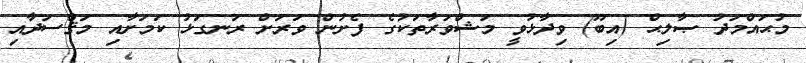
މުޙައްމަދު ޞާލިޙް (އިބޫ) ވިދާޅުވީ މަޝްވަރާތަކުގެ ފެށުން ވަރަށް ރަނގަޅު ކަމަށާއި މަޤްސަދާއި